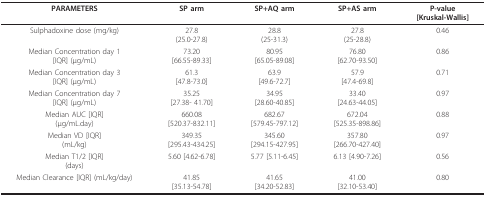
<table><thead><tr><td><b>PARAMETERS</b></td><td><b>SP arm</b></td><td><b>SP+AQ arm</b></td><td><b>SP+AS arm</b></td><td><b>P-value[Kruskal-Wallis]</b></td></tr></thead><tbody><tr><td>Sulphadoxine dose (mg/kg)</td><td>27.8(25.0-27.8)</td><td>28.8(25-31.3)</td><td>27.8(25-28.8)</td><td>0.46</td></tr><tr><td>Median Concentration day 1[IQR] (μg/mL)</td><td>73.20[66.55-89.33]</td><td>80.95[65.05-89.08]</td><td>76.80[62.70-93.50]</td><td>0.86</td></tr><tr><td>Median Concentration day 3[IQR] (μg/mL)</td><td>61.3[47.8-73.0]</td><td>63.9[49.6-72.7]</td><td>57.9[47.4-69.8]</td><td>0.71</td></tr><tr><td>Median Concentration day 7[IQR] (μg/mL)</td><td>35.25[27.38- 41.70]</td><td>34.95[28.60-40.85]</td><td>33.40[24.63-44.05]</td><td>0.97</td></tr><tr><td>Median AUC [IQR](μg/mL.day)</td><td>660.08[520.37-832.11]</td><td>682.67[579.45-797.12]</td><td>672.04[525.35-898.86]</td><td>0.88</td></tr><tr><td>Median VD [IQR](mL/kg)</td><td>349.35[295.43-434.25]</td><td>345.60[294.15-427.95]</td><td>357.80[266.70-427.40]</td><td>0.97</td></tr><tr><td>Median T1/2 [IQR](days)</td><td>5.60 [4.62-6.78]</td><td>5.77 [5.11-6.45]</td><td>6.13 [4.90-7.26]</td><td>0.56</td></tr><tr><td>Median Clearance [IQR] (mL/kg/day)</td><td>41.85[35.13-54.78]</td><td>41.65[34.20-52.83]</td><td>41.00[32.10-53.40]</td><td>0.80</td></tr></tbody></table>